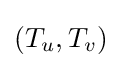
(T_{u},T_{v})